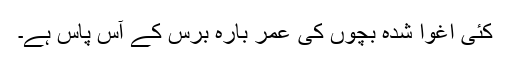
کئی اغوا شدہ بچوں کی عمر بارہ برس کے آس پاس ہے۔